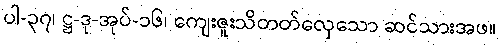
ပါ-၃၇၊ ဋ္ဌ-ဒု-အုပ်-၁၆၊ ကျေးဇူးသိတတ်လှေသော ဆင်သားအဖ။